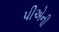
પીએની